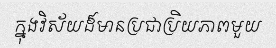
ក្នុងវិស័យដ៏មានប្រជាប្រិយភាពមួយ